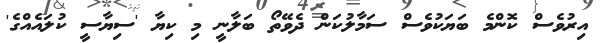
އިރުވެސް ކޮންމެ ބަޔަކުވެސް ސަމާލުކަން ދެވޭތޯ ބަލާނީ މި ކިޔާ 'ސިޔާސީ ކުލައެއްގެ'